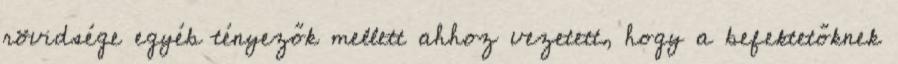
rövidsége egyéb tényezők mellett ahhoz vezetett, hogy a befektetőknek